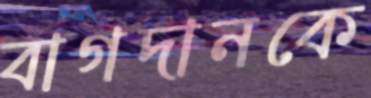
বাগদানকে